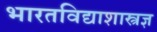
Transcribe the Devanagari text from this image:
भारतविद्याशास्त्रज्ञ